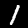
Label: 1